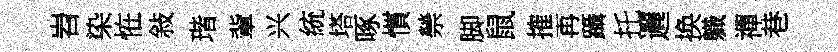
岧染恠敍瑎軰兴統塔啄慣禜脚鼠搉再躡托邐换軄禪巷